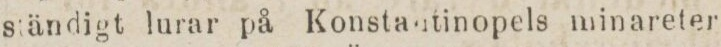
ständigt lurar på Konstantinopels minareter